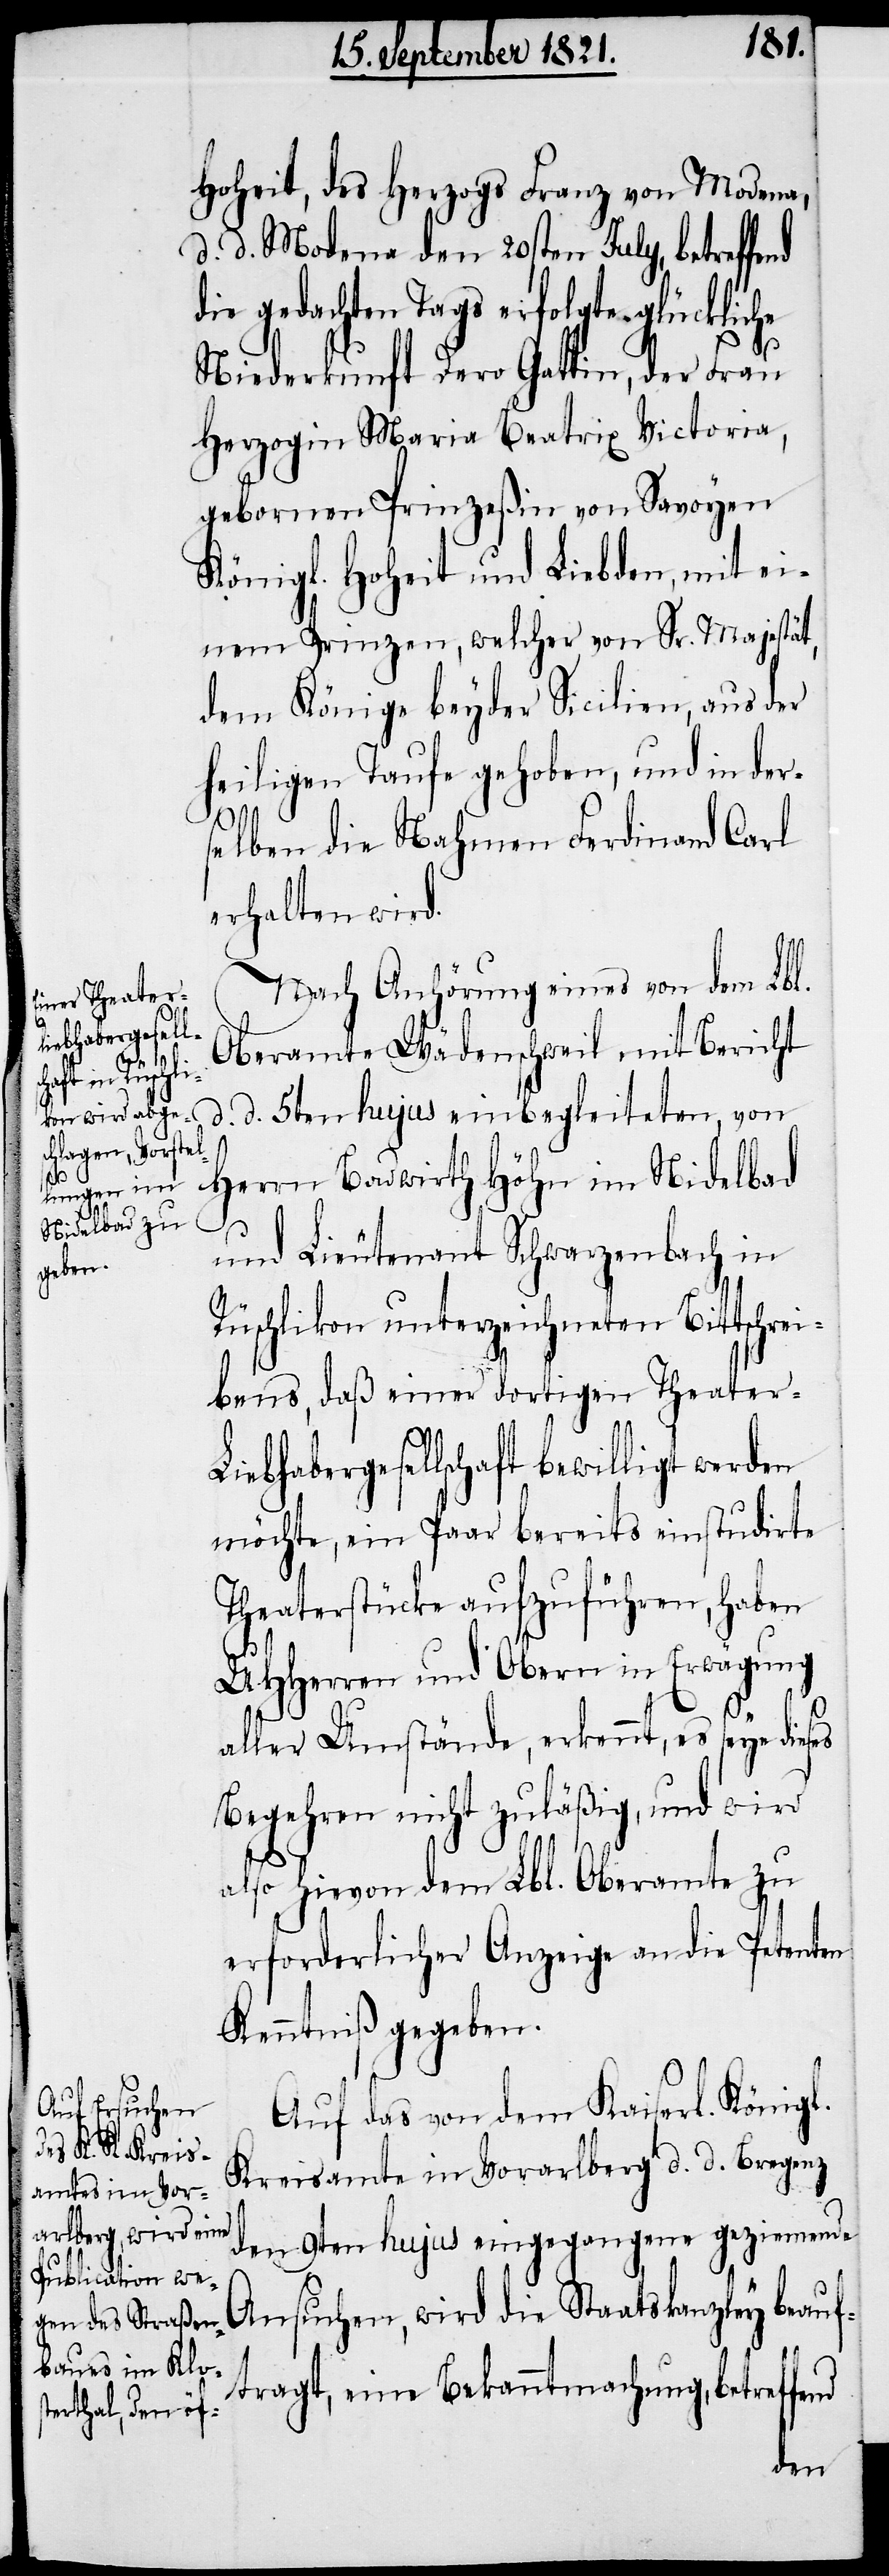
r-Liebh¬
nd
d¬

Hoheit, des Herzogs Franz von Modena,
d. d. Modena den 20sten July, betreffe¬
ie gedachten Tags erfolgte glückliche
Niederkunft Dero Gattin, der Frau
Herzogin Maria Beatrix Victoria,
geborenen Prinzeßin von Savoyen
Königl. Hoheit und Liebden, mit ei¬
nem Prinzen, welcher von Sr. Majestät,
dem Könige beyder Sicilien, aus der
heiligen Taufe gehoben, und in der¬
selben die Nahmen Ferdinand Carl
erhalten wird.
Nach Anhörung eines von dem Lbl.
Oberamte Wädenschweil mit Bericht
d. d. 5ten hujus einbegleiteten, von
Herrn Badwirth Höhn im Nidelbad
und Lieutenant Schwarzenbach in
Rüschlikon unterzeichneten Bittschrei¬
bens, daß einer dortigen Theate¬
abergesellschaft bewilligt werden
möchte, ein Paar bereits einstudierte
Theaterstücke aufzuführen, haben
UHHerren und Obern in Erwägung
aller Umstände, erkennt, es seye
Begehren nicht zuläßig, und es
also hievon dem Lbl. Oberamte zu
erforderlicher Anzeige an die Petenten
Kenntniß gegeben.
Auf das von dem Kaiserl. Königl.
Kreisamte in Vorarlberg d. d. Bregenz
den 9ten hujus eingegangene geziemende
Ansuchen, wird die Staatskanzley beauf¬
tragt, eine Bekanntmachung, betreffend